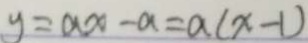
y = a x - a = a ( x - 1 )